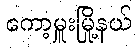
ကော့မှူးမြို့နယ်